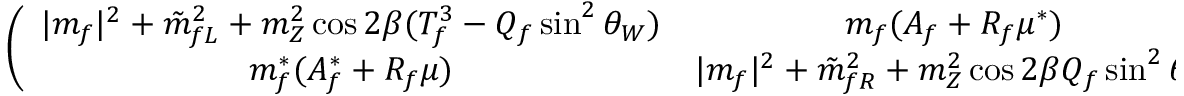
\left( \begin{array} { c c } { { \vert m _ { f } \vert ^ { 2 } + \tilde { m } _ { f L } ^ { 2 } + m _ { Z } ^ { 2 } \cos 2 \beta ( T _ { f } ^ { 3 } - Q _ { f } \sin ^ { 2 } \theta _ { W } ) } } & { { m _ { f } ( A _ { f } + R _ { f } \mu ^ { \ast } ) } } \\ { { m _ { f } ^ { \ast } ( A _ { f } ^ { \ast } + R _ { f } \mu ) } } & { { \vert m _ { f } \vert ^ { 2 } + \tilde { m } _ { f R } ^ { 2 } + m _ { Z } ^ { 2 } \cos 2 \beta Q _ { f } \sin ^ { 2 } \theta _ { W } } } \end{array} \right) ,